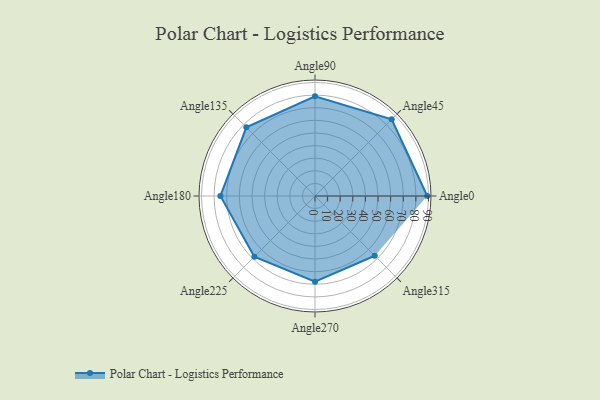
{"axis": {"x": "Angle", "y": "Radius"}, "legend": [""], "data": [{"x": "Angle0", "y": 89.0, "type": ""}, {"x": "Angle45", "y": 86.0, "type": ""}, {"x": "Angle90", "y": 79.0, "type": ""}, {"x": "Angle135", "y": 77.0, "type": ""}, {"x": "Angle180", "y": 75.0, "type": ""}, {"x": "Angle225", "y": 68.0, "type": ""}, {"x": "Angle270", "y": 68.0, "type": ""}, {"x": "Angle315", "y": 67.0, "type": ""}]}